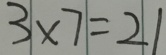
3 \times 7 = 2 1